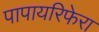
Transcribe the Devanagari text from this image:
पापायरिफेरा